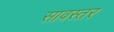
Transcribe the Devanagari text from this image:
सावस्तर